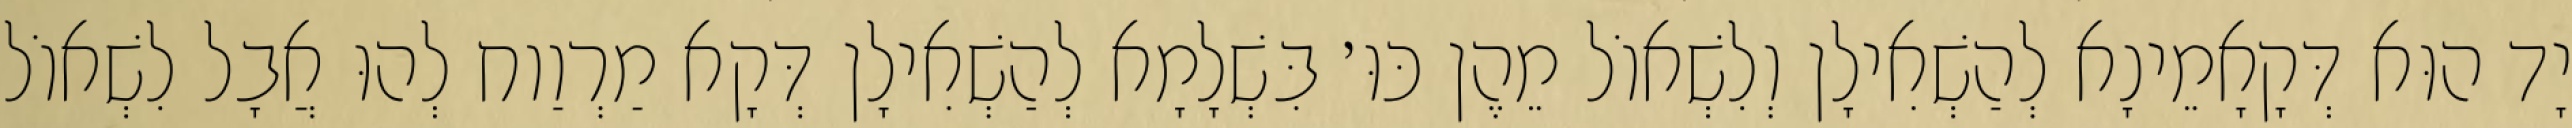
יָד הוּא דְּקָאָמֵינָא לְהַשְׁאִילָן וְלִשְׁאוֹל מֵהֶן כּוּ׳ בִּשְׁלָמָא לְהַשְׁאִילָן דְּקָא מַרְוַוח לְהוּ אֲבָל לִשְׁאוֹל